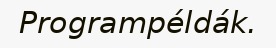
Programpéldák.